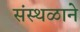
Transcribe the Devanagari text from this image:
संस्थळाने